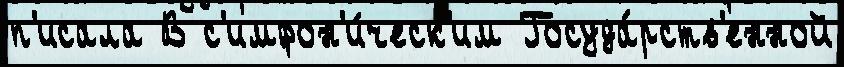
п'исала В с'имфон'и́ческ'им Госуда́рств'енной